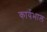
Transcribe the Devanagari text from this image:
कार्यभाल